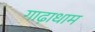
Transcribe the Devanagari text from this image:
गाढ़ाधाम